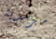
مرتدية